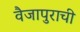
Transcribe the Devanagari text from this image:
वैजापुराची